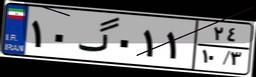
۴۸گ۷۳۱۷۹